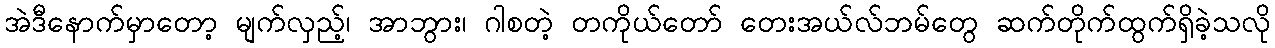
အဲဒီနောက်မှာတော့ မျက်လှည့်၊ အာဘွား၊ ဂါစတဲ့ တကိုယ်တော် တေးအယ်လ်ဘမ်တွေ ဆက်တိုက်ထွက်ရှိခဲ့သလို